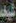
شيله